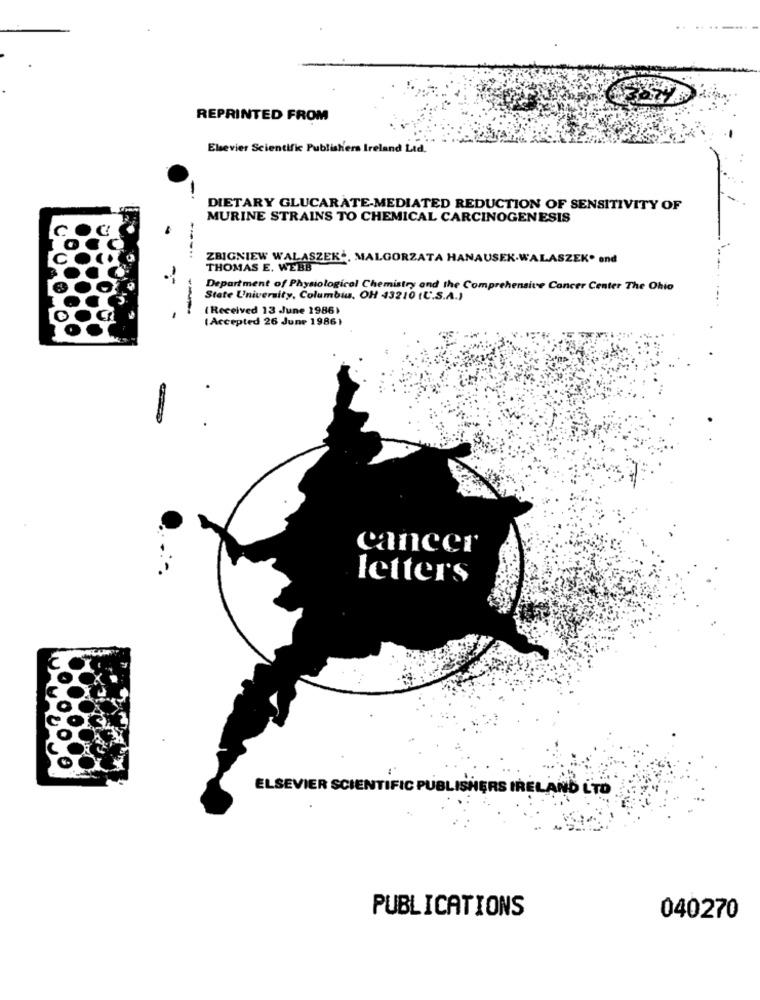
REPRINTED FROM
Elsevier Scientific Publishers Ireland Ltd.
DIETARY GLUCARATE-MEDIATED REDUCTION OF SENSITIVITY OF
MURINE STRAINS TO CHEMICAL CARCINOGENESIS
ZBIGNIEW WALASZEKĆ, MALGORZATA HANAUSEK-WALASZEK* end
THOMAS E. WEBB
--
Department of Physiological Chemistry and the Comprehensive Cancer Center The Ohio
State University, Columbia, OH 43210 (C.S.A.)
(Received 13 June 1986)
( Accepted 26 June 1986)
cancer
letters
ELSEVIER SCIENTIFIC PUBLISHERS IRELAND LTD
PUBLICATIONS
040270